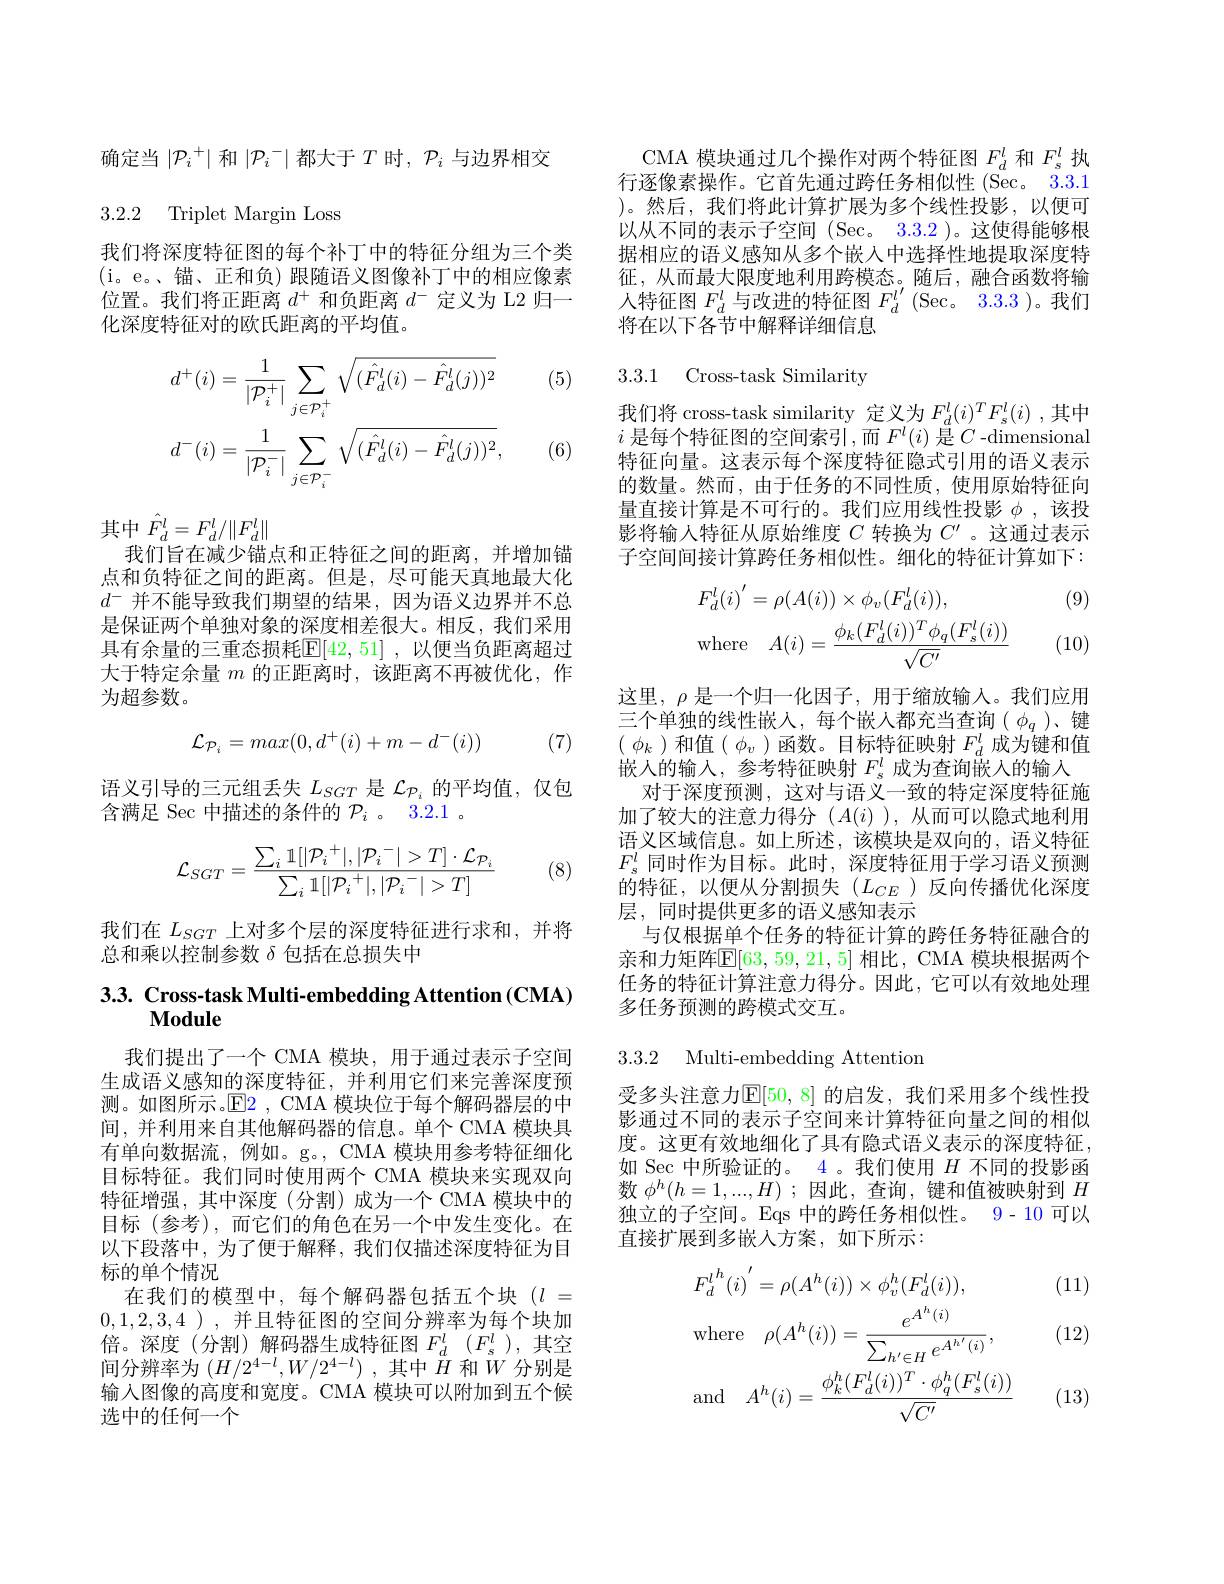
确定当$\left|\mathcal{P}_i^+\right|$和$\left|\mathcal{P}_i^-\right|$都大于$T$时$,\mathcal{P}_i$与边界相交

## 3.2.2 Triplet Margin Loss

我们将深度特征图的每个补丁中的特征分组为三个类(i。e。、锚、正和负)跟随语义图像补丁中的相应像素位置。我们将正距离$d^+$和负距离$d^-$定义为 L2 归一化深度特征对的欧氏距离的平均值。

(5)
$$\begin{aligned}&d^{+}(i)=\frac{1}{|\mathcal{P}_{i}^{+}|}\sum_{j\in\mathcal{P}_{i}^{+}}\sqrt{(\hat{F}_{d}^{l}(i)-\hat{F}_{d}^{l}(j))^{2}}\\&d^{-}(i)=\frac{1}{|\mathcal{P}_{i}^{-}|}\sum_{j\in\mathcal{P}_{i}^{-}}\sqrt{(\hat{F}_{}}\end{aligned}$$
(6)

其中$\hat{F}_d^l=F_d^l/\|F_d^l\|$
我们旨在减少锚点和正特征之间的距离，并增加锚点和负特征之间的距离。但是，尽可能天真地最大化$d^-$并不能导致我们期望的结果，因为语义边界并不总是保证两个单独对象的深度相差很大。相反，我们采用具有余量的三重态损耗$\mathbb{E}[42,51]$ ,以便当负距离超过大于特定余量$m$的正距离时，该距离不再被优化，作为超参数。

(7)
$$\mathcal{L}_{\mathcal{P}_i}=max(0,d^+(i)+m-d^-(i))$$
语义引导的三元组丢失$L_SGT$是$\mathcal{L}_{\mathcal{P}_i}$的平均值，仅包
含满足 Sec 中描述的条件的$P_i$ 。3.2.1 。
$$\mathcal{L}_{SGT}=\frac{\sum_i\mathbb{1}[|\mathcal{P}_i^+|,|\mathcal{P}_i^-|>T]\cdot\mathcal{L}_{\mathcal{P}_i}}{\sum_i\mathbb{1}[|\mathcal{P}_i^+|,|\mathcal{P}_i^-|>T]}$$
(8)

我们在$L_{SGT}$上对多个层的深度特征进行求和，并将
总和乘以控制参数$\delta$包括在总损失中

# 3.3. Cross-task Multi-embedding Attention (CMA) Module

我们提出了一个 CMA 模块，用于通过表示子空间生成语义感知的深度特征，并利用它们来完善深度预测。如图所示。$\operatorname{E2}$, CMA 模块位于每个解码器层的中间，并利用来自其他解码器的信息。单个 CMA 模块具有单向数据流，例如。g。, CMA 模块用参考特征细化目标特征。我们同时使用两个 CMA 模块来实现双向特征增强，其中深度(分割)成为一个 CMA 模块中的目标(参考),而它们的角色在另一个中发生变化。在以下段落中，为了便于解释，我们仅描述深度特征为目标的单个情况
在我们的模型中，每个解码器包括五个块($l=$ 0,1,2,3,4 ),并且特征图的空间分辨率为每个块加倍。深度(分割)解码器生成特征图$F_d^l$ $( F_s^l$),其空间分辨率为$(H/2^{4-l},W/2^{4-l})$ ,其中$\tilde{H}$和$\bar{W}$分别是输入图像的高度和宽度。CMA 模块可以附加到五个候选中的任何一个

CMA 模块通过几个操作对两个特征图$F_d^l$和$F_\mathrm{s}^l$执行逐像素操作。它首先通过跨任务相似性(Sec。3.3.1 )。然后，我们将此计算扩展为多个线性投影，以便可以从不同的表示子空间 (Sec。3.3.2 )。这使得能够根据相应的语义感知从多个嵌入中选择性地提取深度特征，从而最大限度地利用跨模态。随后，融合函数将输人特征图$F_d^l$与改进的特征图$F_d^{l^{\prime }}($Sec。3. 3. 3 ) 。我 们 将在以下各节中解释详细信息

3.3.1 Cross-task Similarity

我们将 cross-task similarity 定义为$F_d^l(i)^TF_s^l(i)$ ,其中$i$ 是每个特征图的空间索引，而 $F^l(i)$ 是 $C$ -dimensional 特征向量。这表示每个深度特征隐式引用的语义表示的数量。然而，由于任务的不同性质，使用原始特征向量直接计算是不可行的。我们应用线性投影$\phi$ ,该投影将输入特征从原始维度$C$转换为$C^\prime$ 。这通过表示子空间间接计算跨任务相似性。细化的特征计算如下：

(9)
$$\begin{aligned}&F_{d}^{l}(i)^{'}=\rho(A(i))\times\phi_{v}(F_{d}^{l}(i)),\\&\mathrm{where}\quad A(i)=\frac{\phi_{k}(F_{d}^{l}(i))^{T}\phi_{q}(F_{s}^{l}(i))}{\sqrt{C^{'}}}\end{aligned}$$
(10)

这里，$\rho$是一个归一化因子，用于缩放输入。我们应用三个单独的线性嵌人，每个嵌入都充当查询( $\phi_q$ )、键$(\begin{array}{c}\phi_k\end{array})$和值$(\begin{array}{c}\phi_v\end{array})$函数。目标特征映射 $F_d^l$ 成为键和值嵌人的输入，参考特征映射$F_s^l$成为查询嵌入的输入
对于深度预测，这对与语义一致的特定深度特征施加了较大的注意力得分$(A(i)$ ),从而可以隐式地利用语义区域信息。如上所述，该模块是双向的，语义特征$F_s^l$同时作为目标。此时，深度特征用于学习语义预测的特征，以便从分割损失($L_CE$)反向传播优化深度层，同时提供更多的语义感知表示
与仅根据单个任务的特征计算的跨任务特征融合的亲和力矩阵$\mathbb{E}[63,59,21,5]$ 相比，CMA 模块根据两个任务的特征计算注意力得分。因此，它可以有效地处理多任务预测的跨模式交互。

3.3.2 Multi-embedding Attentiom

受多头注意力$\mathbb{E}[50,8]$ 的启发，我们采用多个线性投影通过不同的表示子空间来计算特征向量之间的相似度。这更有效地细化了具有隐式语义表示的深度特征， 如 Sec 中所验证的。4 。我们使用$H$不同的投影函数$\phi^h(h=1,...,H)$ ;因此，查询，键和值被映射到$H$ 独立的子空间。Eqs 中的跨任务相似性。9-10 可以直接扩展到多嵌入方案，如下所示：

(11)

(12)
$$\begin{aligned}&F_{d}^{l}{}^{h}(i)^{'}=\rho(A^{h}(i))\times\phi_{v}^{h}(F_{d}^{l}(i)),\\&\mathrm{where}\quad\rho(A^{h}(i))=\frac{e^{A^{h}(i)}}{\sum_{h^{\prime}\in H}e^{A^{h^{\prime}}(i)}},\\&\mathrm{and}\quad A^{h}(i)=\frac{\phi_{k}^{h}(F_{d}^{l}(i))^{T}\cdot\phi_{q}^{h}(F_{s}^{l}(i))}{\sqrt{C^{\prime}}}\end{aligned}$$
(13)